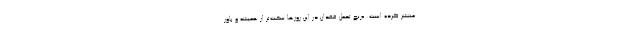
منتشر کرده است: «رنج تحمل فقدان در این روزها سخت‌تر از همیشه و باور